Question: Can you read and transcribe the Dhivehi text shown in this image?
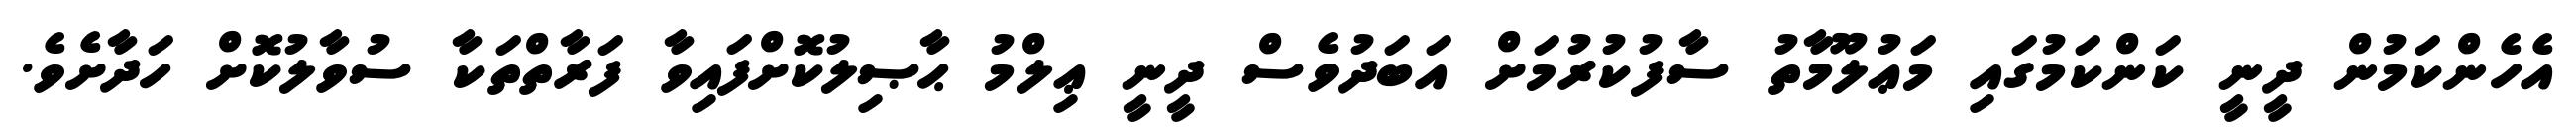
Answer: އެހެންކަމުން ދީނީ ކަންކަމުގައި މަޢުލޫމާތު ސާފުކުރުމަށް އަބަދުވެސް ދީނީ ޢިލްމު ޙާޞިލުކޮށްފައިވާ ފަރާތްތަކާ ސުވާލުކޮށް ހަދާށެވެ.